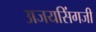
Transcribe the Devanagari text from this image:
अजयसिंगजी